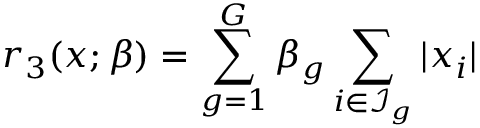
r _ { 3 } ( x ; \beta ) = \sum _ { g = 1 } ^ { G } \beta _ { g } \sum _ { i \in \mathcal { I } _ { g } } | x _ { i } |